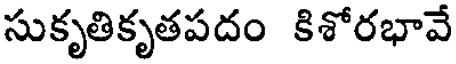
సుకృతికృతపదం కిశోరభావే